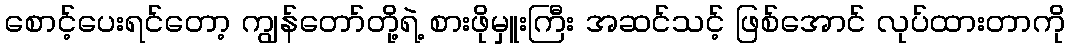
စောင့်ပေးရင်တော့ ကျွန်တော်တို့ရဲ့ စားဖိုမှူးကြီး အဆင်သင့် ဖြစ်အောင် လုပ်ထားတာကို